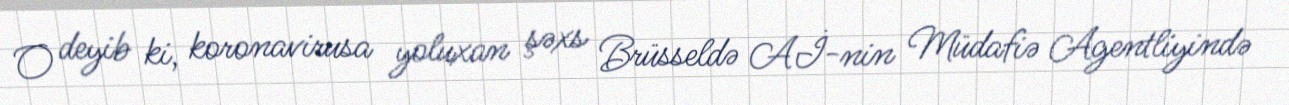
O deyib ki, koronavirusa yoluxan şəxs Brüsseldə Aİ-nin Müdafiə Agentliyində